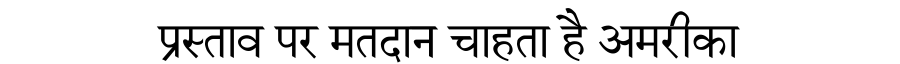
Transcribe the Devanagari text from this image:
प्रस्ताव पर मतदान चाहता है अमरीका